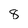
Character: 8